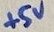
Text: +5V